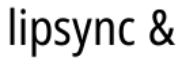
lipsync &